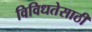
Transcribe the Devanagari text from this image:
विविधतेसाठी